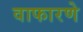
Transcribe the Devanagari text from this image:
वाफारणे